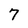
Character: 7